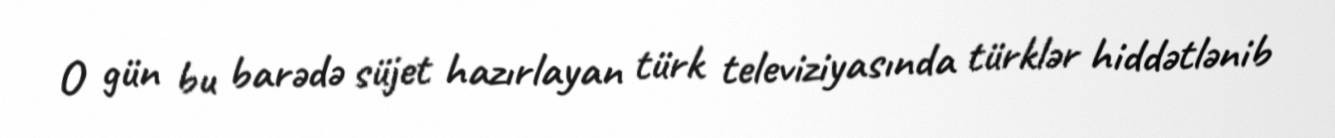
O gün bu barədə süjet hazırlayan türk televiziyasında türklər hiddətlənib